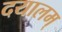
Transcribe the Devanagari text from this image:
दयालम्